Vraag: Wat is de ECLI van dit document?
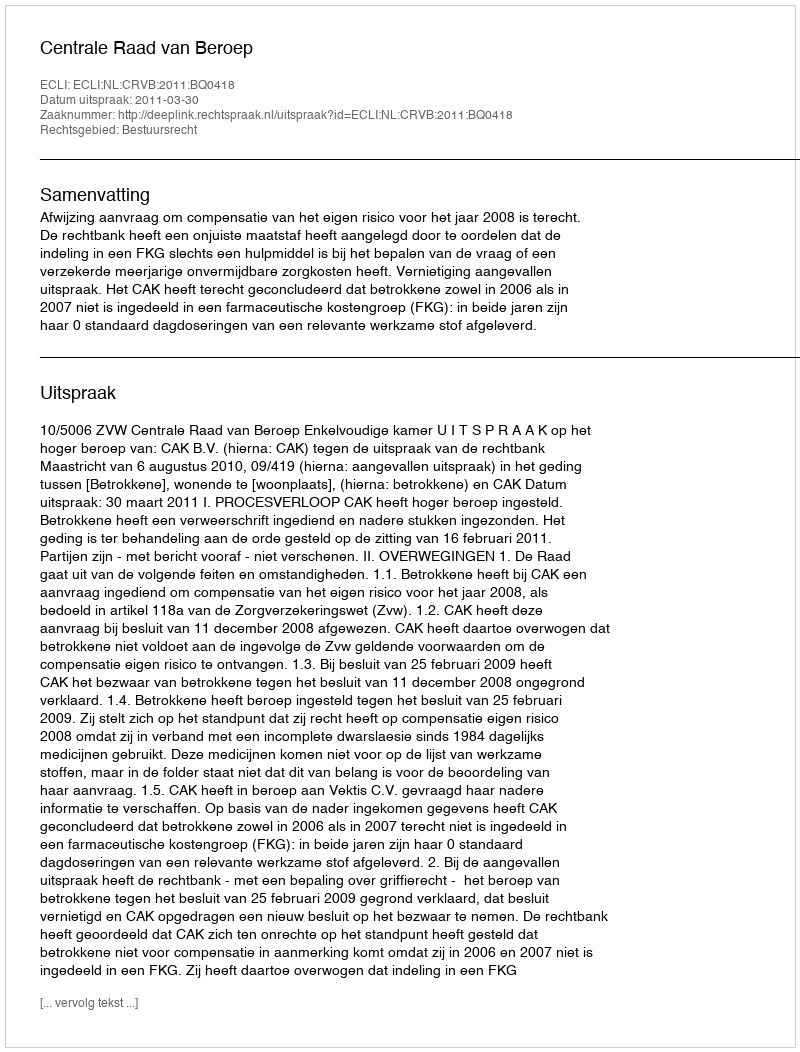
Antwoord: ECLI:NL:CRVB:2011:BQ0418